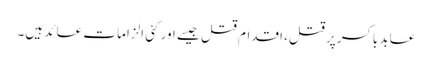
عابد باکسر پر قتل، اقدام قتل جیسے اور کئی الزامات عائد ہیں۔